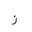
Letter: _zay